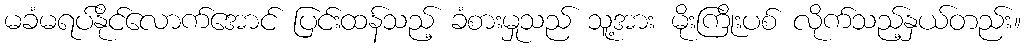
မခံမရပ်နိုင်လောက်အောင် ပြင်းထန်သည့် ခံစားမှုသည် သူ့အား မိုးကြိုးပစ် လိုက်သည့်နှယ်တည်း။